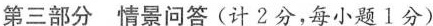
第三部分情景问答(计2分，每小题1分)